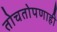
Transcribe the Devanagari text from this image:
तोचतोपणाही